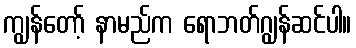
ကျွန်တော့် နာမည်က ရောဘတ်ဂျွန်ဆင်ပါ။